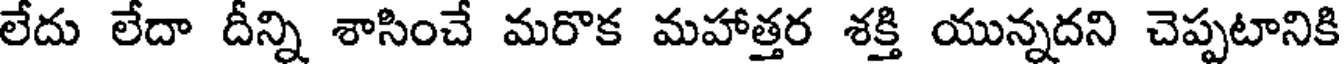
లేదు లేదా దీన్ని శాసించే మరొక మహాత్తర శక్తి యున్నదని చెప్పటానికి